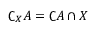
\complement _ { X } A = \complement A \cap X